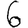
Digit: 6